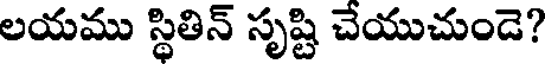
లయము స్థితిన్ సృష్టి చేయుచుండె?